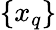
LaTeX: \left\{ x_{q}\right\}